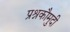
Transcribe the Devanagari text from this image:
प्रश्नकौमुदी